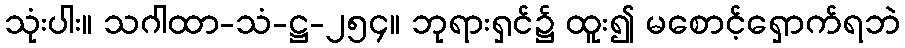
သုံးပါး။ သဂါထာ-သံ-ဋ္ဌ-၂၅၄။ ဘုရားရှင်၌ ထူး၍ မစောင့်ရှောက်ရဘဲ